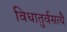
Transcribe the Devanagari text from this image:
विधातुर्वसत्यै